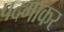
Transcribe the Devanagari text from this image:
पदमाकर